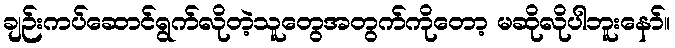
ချဉ်းကပ်ဆောင်ရွက်လိုတဲ့သူတွေအတွက်ကိုတော့ မဆိုလိုပါဘူးနော်။